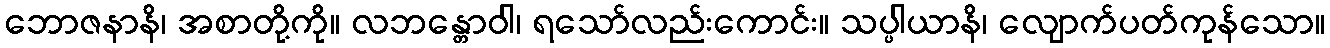
ဘောဇနာနိ၊ အစာတို့ကို။ လဘန္တောဝါ၊ ရသော်လည်းကောင်း။ သပ္ပါယာနိ၊ လျောက်ပတ်ကုန်သော။